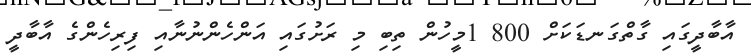
އާބާދީގައި ގާތްގަނޑަކަށް 800 1މީހުން ތިބި މި ރަށުގައި އަންހެންނުނާއި ފިރިހެންގެ އާބާދީ